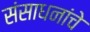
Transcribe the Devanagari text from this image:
संसाधनांचे